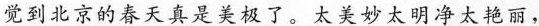
觉到北京的春天真是美极了。太美妙太明净太艳丽，